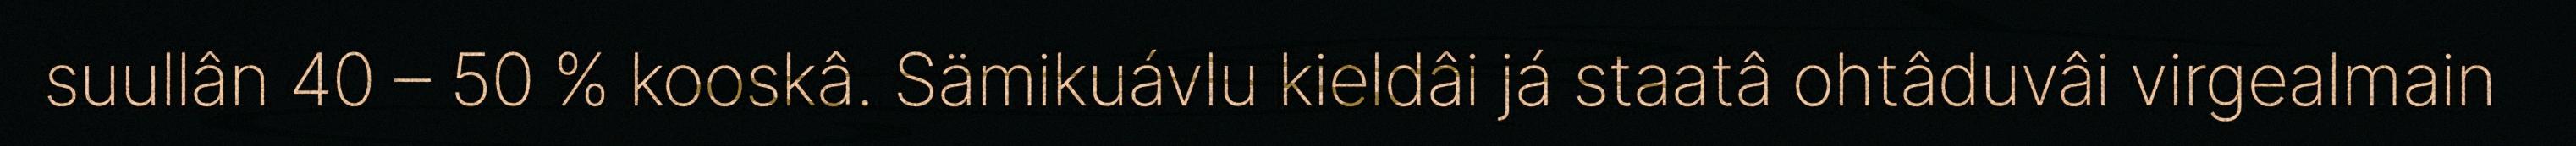
suullân 40 – 50 % kooskâ. Sämikuávlu kieldâi já staatâ ohtâduvâi virgealmain